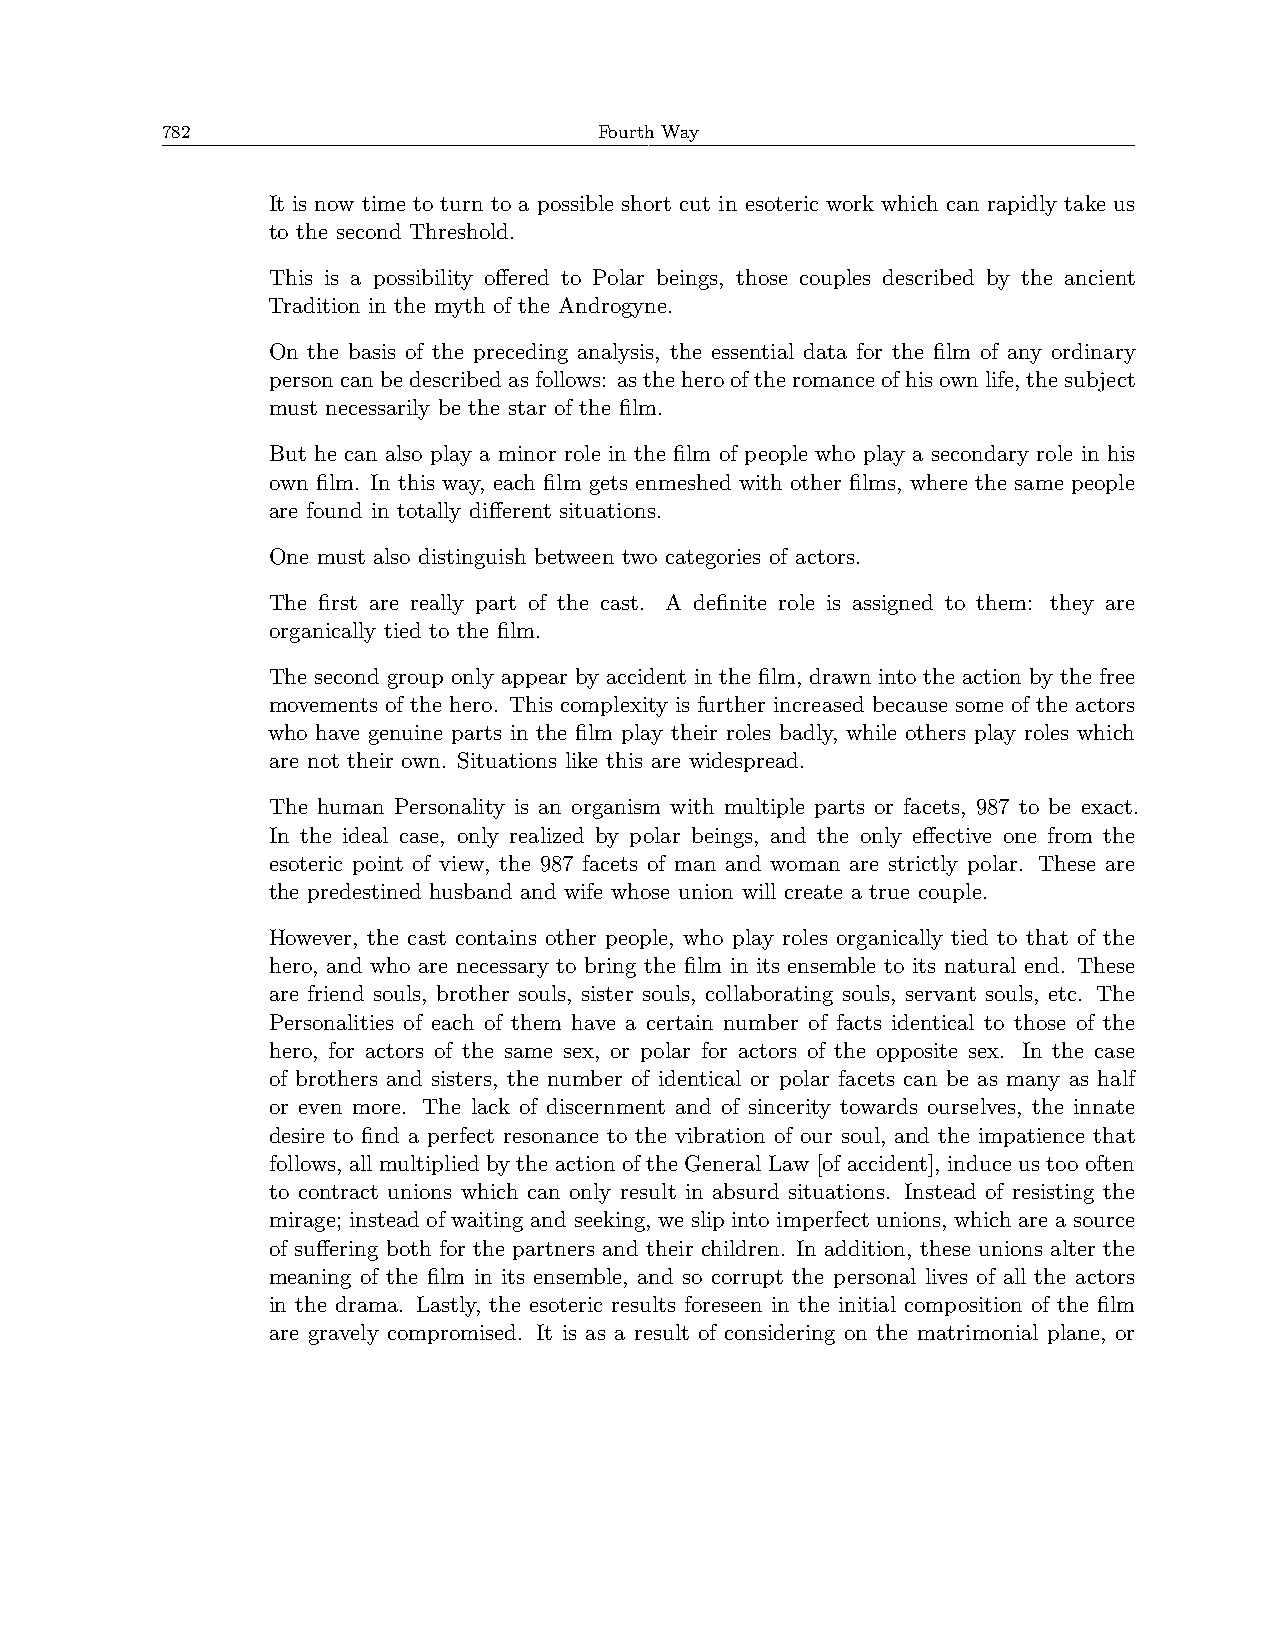
782                          Fourth Way
 It is now time to turn to a possible short cut in esoteric work which can rapidly take us
 to the second Threshold.
 This is a possibility offered to Polar beings, those couples described by the ancient
 Tradition in the myth of the Androgyne.
 On the basis of the preceding analysis, the essential data for the film of any ordinary
 personcanbedescribedasfollows: astheherooftheromanceofhisownlife, thesubject
 must necessarily be the star of the film.
 But he can also play a minor role in the film of people who play a secondary role in his
 own film. In this way, each film gets enmeshed with other films, where the same people
 are found in totally different situations.
 One must also distinguish between two categories of actors.
 The first are really part of the cast. A definite role is assigned to them: they are
 organically tied to the film.
 The second group only appear by accident in the film, drawn into the action by the free
 movements of the hero. This complexity is further increased because some of the actors
 who have genuine parts in the film play their roles badly, while others play roles which
 are not their own. Situations like this are widespread.
 The human Personality is an organism with multiple parts or facets, 987 to be exact.
 In the ideal case, only realized by polar beings, and the only effective one from the
 esoteric point of view, the 987 facets of man and woman are strictly polar. These are
 the predestined husband and wife whose union will create a true couple.
 However, the cast contains other people, who play roles organically tied to that of the
 hero, and who are necessary to bring the film in its ensemble to its natural end. These
 are friend souls, brother souls, sister souls, collaborating souls, servant souls, etc. The
 Personalities of each of them have a certain number of facts identical to those of the
 hero, for actors of the same sex, or polar for actors of the opposite sex. In the case
 of brothers and sisters, the number of identical or polar facets can be as many as half
 or even more. The lack of discernment and of sincerity towards ourselves, the innate
 desire to find a perfect resonance to the vibration of our soul, and the impatience that
 follows, all multiplied by the action of the General Law [of accident], induce us too often
 to contract unions which can only result in absurd situations. Instead of resisting the
 mirage; instead of waiting and seeking, we slip into imperfect unions, which are a source
 of suffering both for the partners and their children. In addition, these unions alter the
 meaning of the film in its ensemble, and so corrupt the personal lives of all the actors
 in the drama. Lastly, the esoteric results foreseen in the initial composition of the film
 are gravely compromised. It is as a result of considering on the matrimonial plane, or